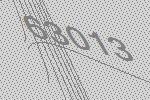
63013